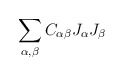
\begin{align*}\sum_{\alpha,\beta} C_{\alpha\beta} J_{\alpha}J_{\beta}\end{align*}